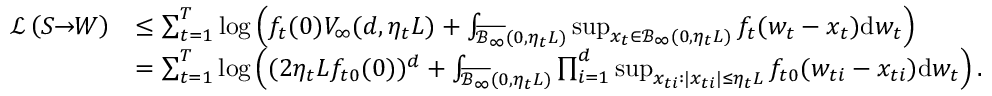
\begin{array} { r l } { \mathcal { L } \left( S \! \! \to \! \! W \right) } & { \leq \sum _ { t = 1 } ^ { T } \log \left( f _ { t } ( 0 ) V _ { \infty } ( d , \eta _ { t } L ) + \int _ { \overline { { \mathcal { B } _ { \infty } } } ( 0 , \eta _ { t } L ) } \operatorname* { s u p } _ { x _ { t } \in \mathcal { B } _ { \infty } ( 0 , \eta _ { t } L ) } f _ { t } ( w _ { t } - x _ { t } ) \mathrm { d } w _ { t } \right) } \\ & { = \sum _ { t = 1 } ^ { T } \log \left( ( 2 \eta _ { t } L f _ { t 0 } ( 0 ) ) ^ { d } + \int _ { \overline { { \mathcal { B } _ { \infty } } } ( 0 , \eta _ { t } L ) } \prod _ { i = 1 } ^ { d } \operatorname* { s u p } _ { x _ { t i } : | x _ { t i } | \leq \eta _ { t } L } f _ { t 0 } ( w _ { t i } - x _ { t i } ) \mathrm { d } w _ { t } \right) . } \end{array}